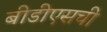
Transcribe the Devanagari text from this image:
बीडीएसची